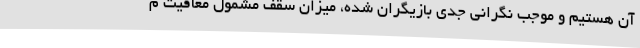
آن هستیم و موجب نگرانی جدی بازیگران شده، میزان سقف مشمول معافیت م